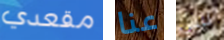
مقعدي عنا ليس